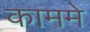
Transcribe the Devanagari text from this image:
काममे